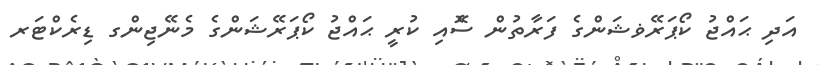
އަދި ޙައްޖު ކޯޕަރޭޥޝަންގެ ފަރާތުން ސޮެއި ކުރީ ޙައްޖު ކޯޕަރޭޝަންގެ މެނޭޖިންގ ޑިރެކްޓަރ